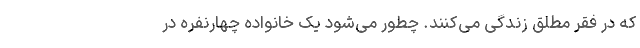
که در فقر مطلق زندگی می‌کنند. چطور می‌شود یک خانواده چهارنفره در